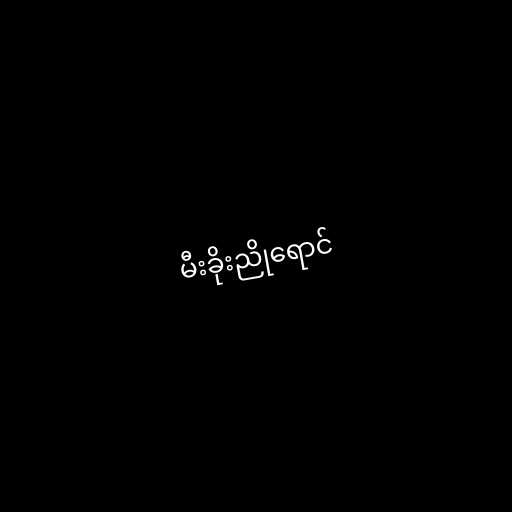
မီးခိုးညိုရောင်